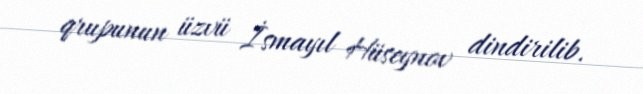
qrupunun üzvü İsmayıl Hüseynov dindirilib.